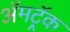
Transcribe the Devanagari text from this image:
ॲमट्रॅक